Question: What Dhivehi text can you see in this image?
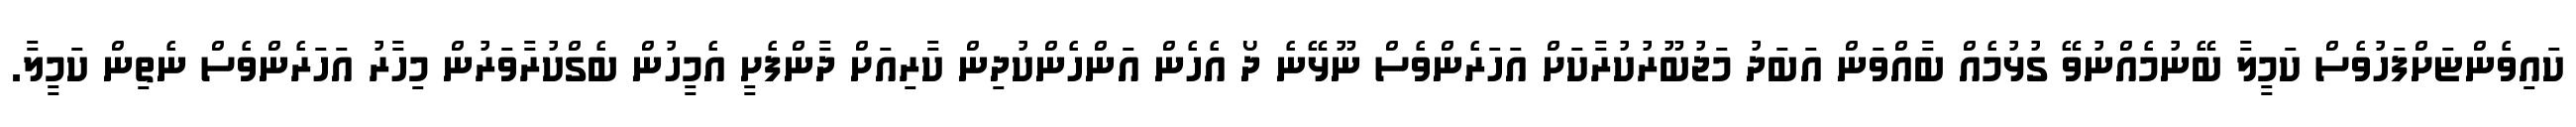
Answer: ކައިވެންޏަށްފަހުވެސް ކަމީލާ ބޭނުމެއްނުވޭ ގުޅުމެއް ބާއްވަން އަބަދު މަޖުބޫރުކުރާކަށް އަހަރެންވެސް ނޫޅޭނެ ދޯ އެހެން އަންހެންކުދިން ކާރިއަށް ދާންފެށީ އެމީހުން ބެގްކުރާވަރުން މިހާރު އަހަރެންވެސް ނެތިން ކަމީލާ.